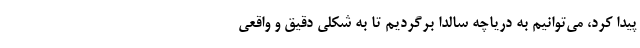
پیدا کرد، می‌توانیم به دریاچه سالدا برگردیم تا به شکلی دقیق و واقعی